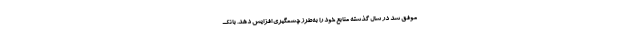
موفق شد در سال گذشته منابع خود را به‌طرز چشمگیری افزایش دهد. بانک